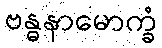
ဗန္ဓနာမောက္ခံ